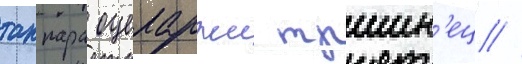
таппара оцеларжи тршин'ец //